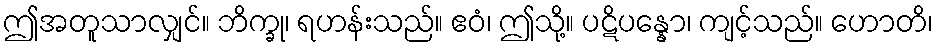
ဤအတူသာလျှင်။ ဘိက္ခု၊ ရဟန်းသည်။ ဧဝံ၊ ဤသို့။ ပဋိပန္နော၊ ကျင့်သည်။ ဟောတိ၊